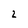
Character: 2